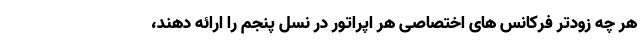
هر چه زودتر فرکانس های اختصاصی هر اپراتور در نسل پنجم را ارائه دهند،